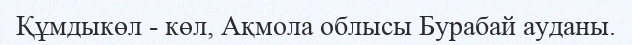
Құмдыкөл - көл, Ақмола облысы Бурабай ауданы.